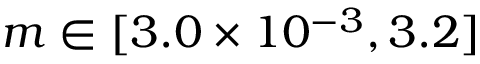
m \in [ 3 . 0 \times 1 0 ^ { - 3 } , 3 . 2 ]